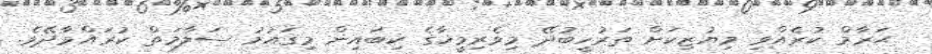
ޙަރާމް ކުރެއްވި މިޔުޒިކަށް ތަރުހީބުދޭ މިވެރިމީހާގެ ކިބައިން މިޤައުމު ސަލާމަތް ކުރައްވާދޭވެ.